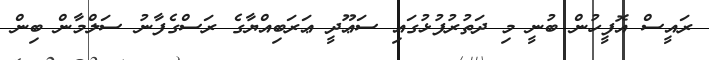
ރައީސް އޮފީހުން ބުނީ މި ދަތުރުފުޅުގައި ސަޢޫދީ ޢަރަބިއްޔާގެ ރަސްގެފާނު ސަލްމާން ބިން